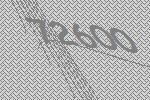
72600